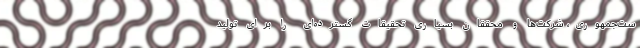
ست‌جمهوری، شرکت‌ها و محققان بسیاری تحقیقات گسترده‌ای را برای تولید